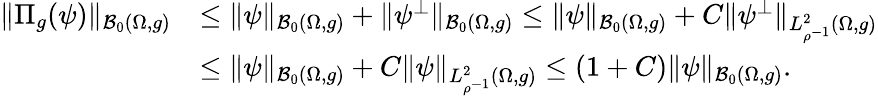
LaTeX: \begin{array}{rl}{\| \Pi_{g}(\psi)\| _{\mathcal B_{0}(\Omega,g)}}&{\leq\| \psi\| _{\mathcal B_{0}(\Omega,g)}+\| \psi^{\perp}\| _{\mathcal B_{0}(\Omega,g)}\leq\| \psi\| _{\mathcal B_{0}(\Omega,g)}+C\| \psi^{\perp}\| _{L_{\rho^{-1}}^{2}(\Omega,g)}}\\ &{\leq\| \psi\| _{\mathcal B_{0}(\Omega,g)}+C\| \psi\| _{L_{\rho^{-1}}^{2}(\Omega,g)}\leq(1+C)\| \psi\| _{\mathcal B_{0}(\Omega,g)}.}\end{array}